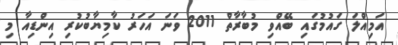
އަމިއްލަ ގައުމުގައި ބޭއްވި މުބާރާތް 2011 ވަނަ އަހަރު ކާމިޔާބުކުރި އިންޑިއާ މި